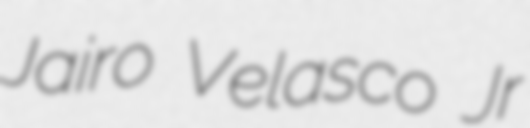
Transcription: Jairo Velasco Jr